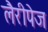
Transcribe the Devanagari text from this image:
लैरीपेज